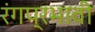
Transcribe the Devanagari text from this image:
रंगप्रभावी